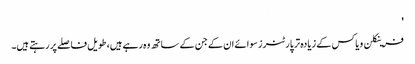
'
فرینکلن ویاکس کے زیادہ تر پارٹنرز سوائے ان کے جن کے ساتھ وہ رہے ہیں، طویل فاصلے پر رہتے ہیں۔